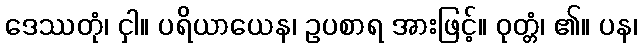
ဒေဿတုံ၊ ငှါ။ ပရိယာယေန၊ ဥပစာရ အားဖြင့်။ ဝုတ္တံ၊ ၏။ ပန၊